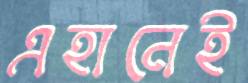
এহানেই